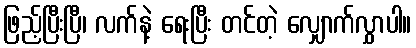
ဖြည့်ပြီးပြီ၊ လက်နဲ့ ရေးပြီး တင်တဲ့ လျှောက်လွှာပါ။